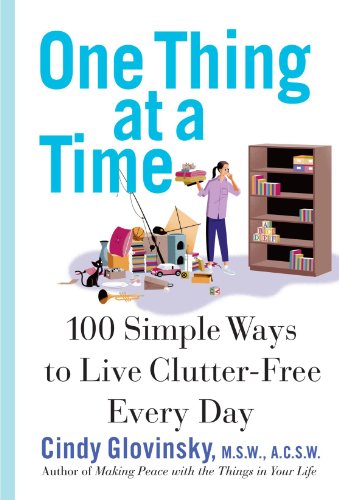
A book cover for One Thing At a Time: 100 Simple Ways to Live Clutter-Free Every Day; Cindy Glovinsky; Self-Help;